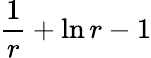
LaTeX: \frac{1}{r}+\ln r-1